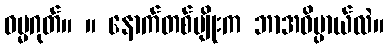
ဓမ္မဂုတ်။ ။ နောက်တစ်မျိုးက ဘာအဓိပ္ပာယ်လဲ။